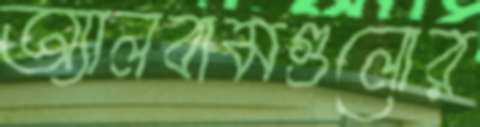
অ্যালবামগুলোর